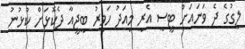
ލީގުގެ ދެ ވަނައަށް ޓީސީ އެރީ މިއަދު ހަވީރު ބީޖީއާ ދެކޮޅަށް ކުޅުނު